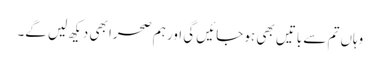
وہاں تم سے باتیں بھی ہو جائیں گی اور ہم صحرا بھی دیکھ لیں گے۔